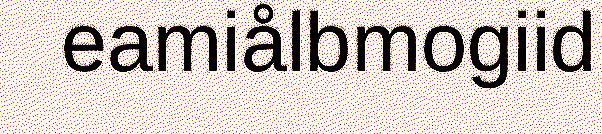
eamiålbmogiid